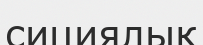
сициялық